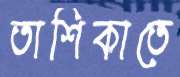
তাশিকাতে